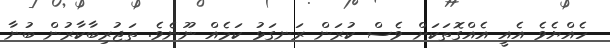
ހެއްޔެވެ އެއީ އެއްގޮތަކަށް ވެސް ކުރަން ރަނގަޅު ކަމެއް ނޫނެވެ. ތަޖުރިބާކާރުން ބުނާ